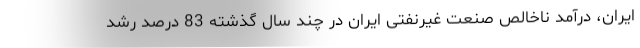
ایران، درآمد ناخالص صنعت غیرنفتی ایران در چند سال گذشته 83 درصد رشد